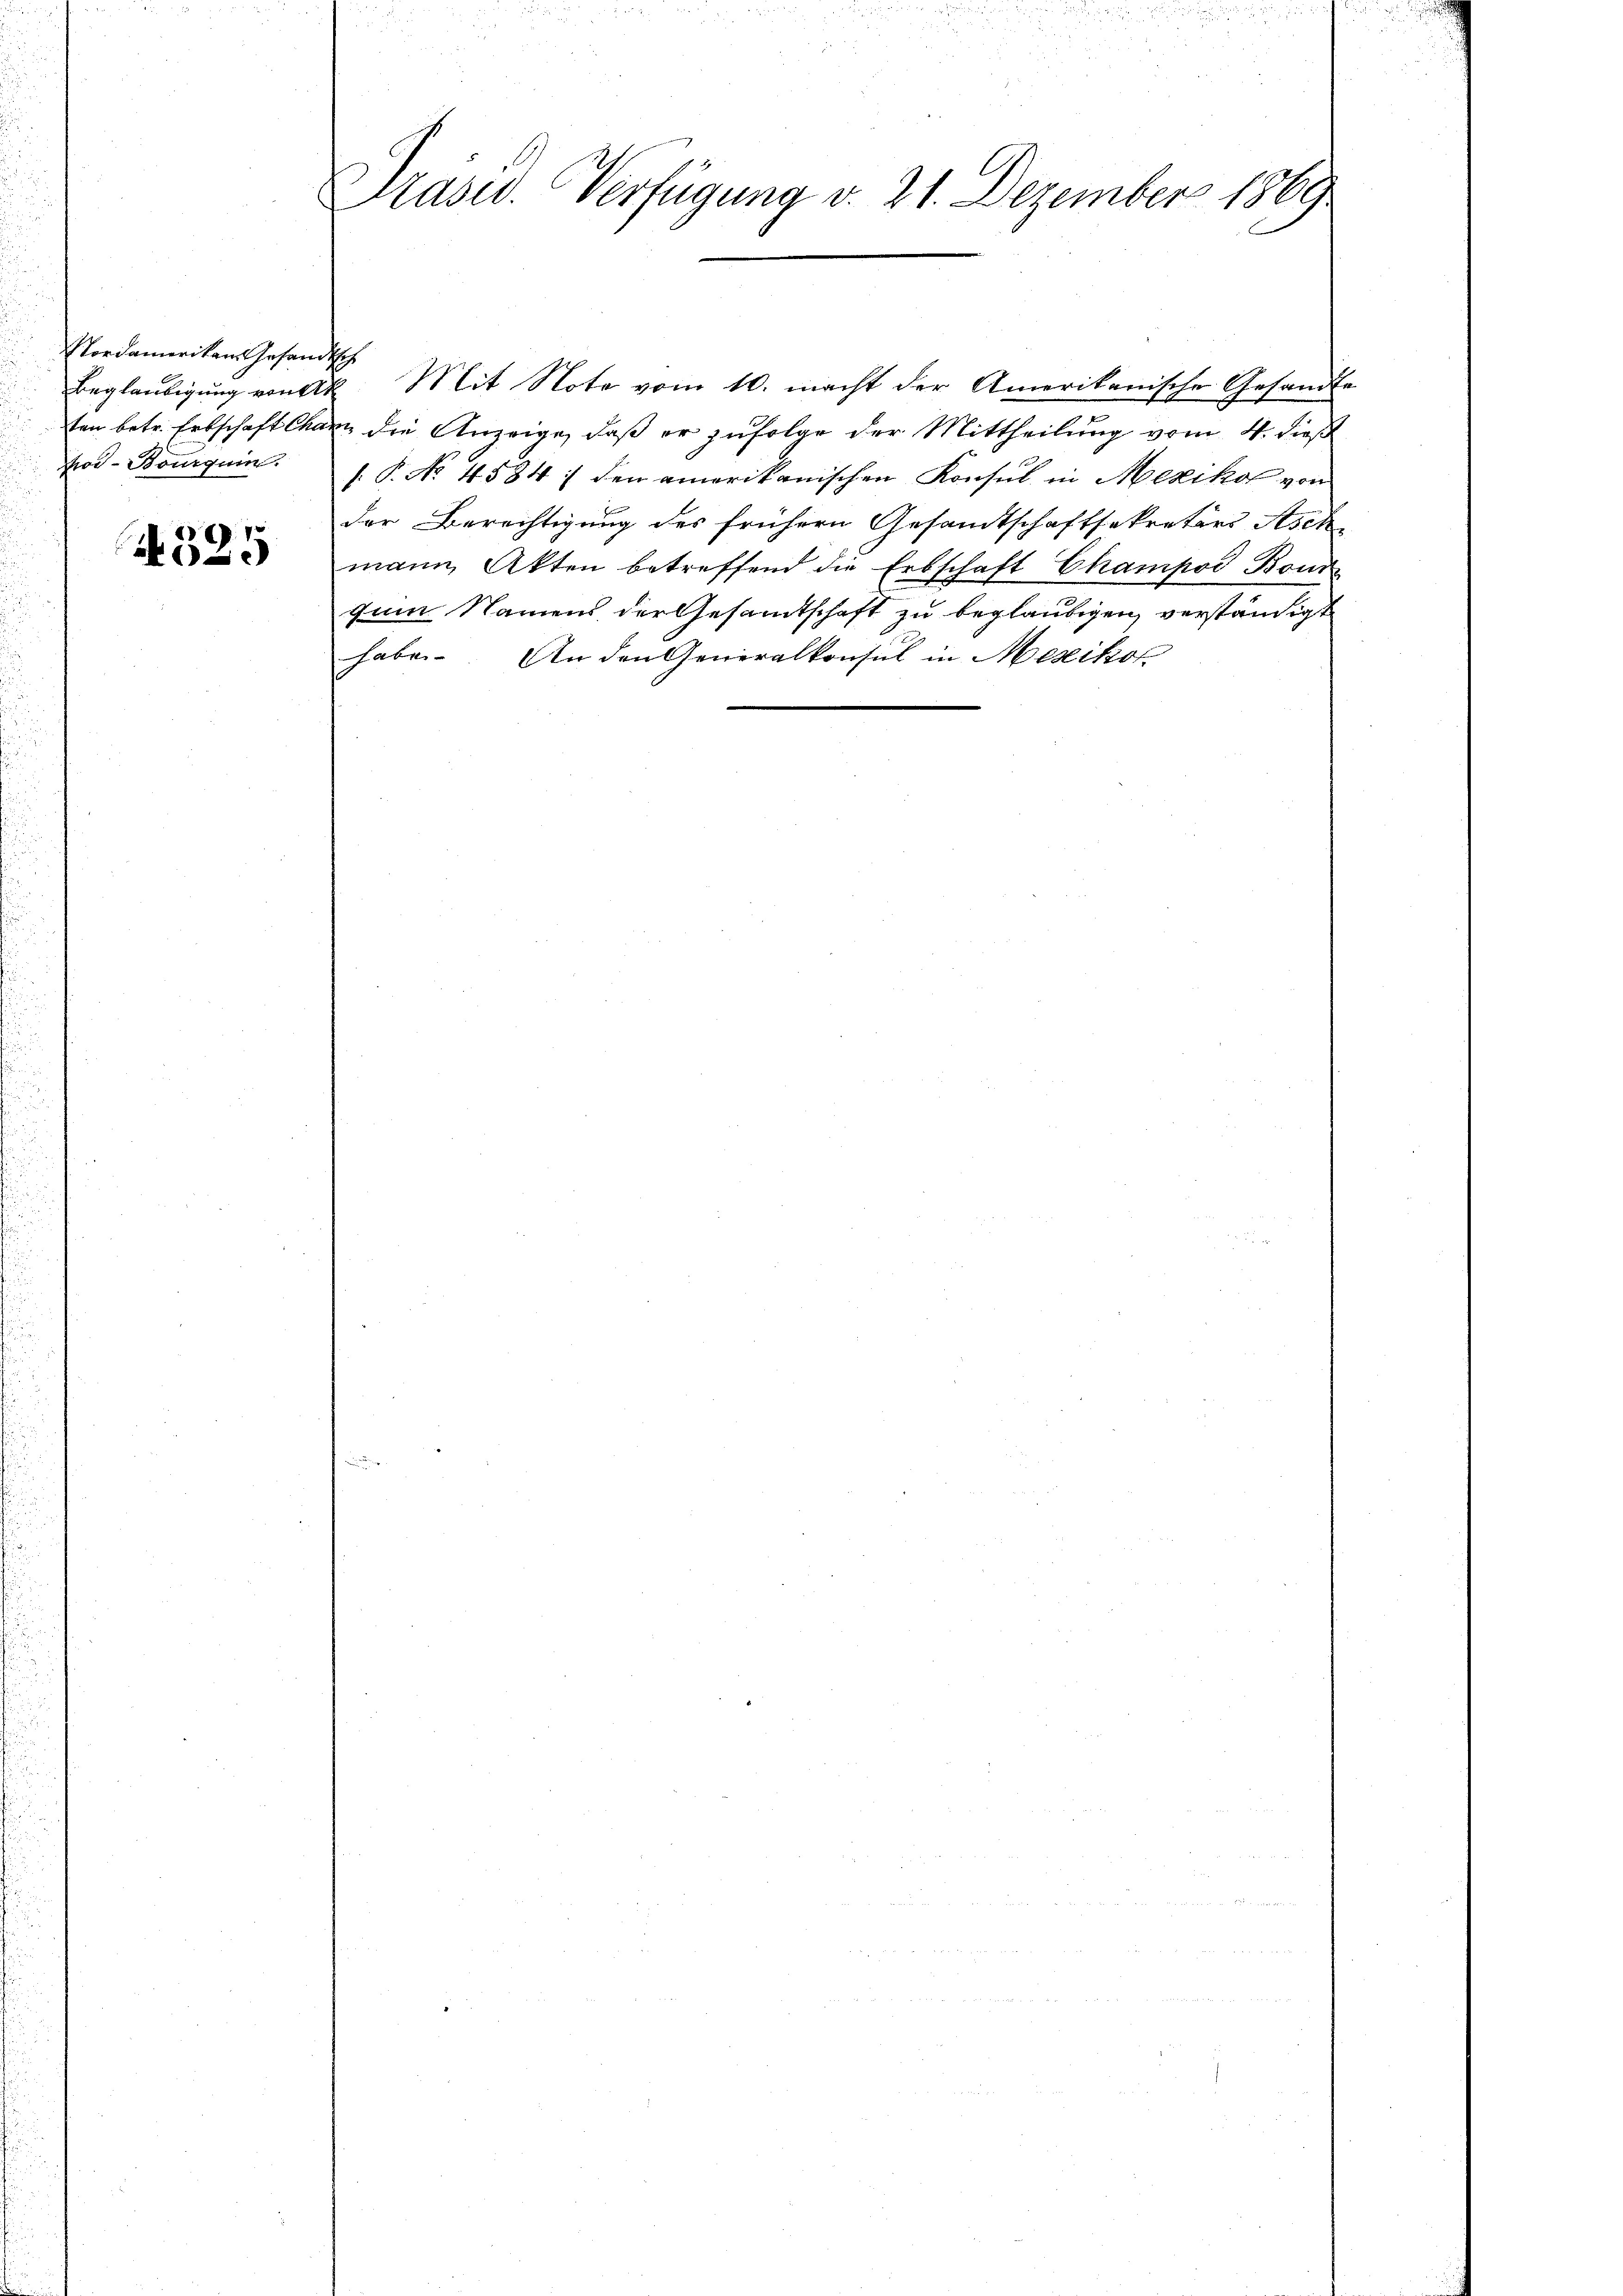
Nordameriken Gesandtsch
od-Bourquin

325

Präsid. Verfügung d. 21. Dezember 1869

Beglaubigung von k. Mit Note vom 10. macht der Amerikanische Gesandte
ten betr. Erbschaft chanz die Anzeige, daß er zufolge der Mittheilung vom 4. dieß
[. P. No 4584 / den amerikanischen Konsul in Mexikos von
der Berechtigung des frühern Gesandtschaftsekretärs Aschmann Akten betreffend die Erbschaft Champod Bond
zum Namens der Gesandtschaft zu beglaubigen, verständigt
habe. An den Generalkonsul in Mesiko